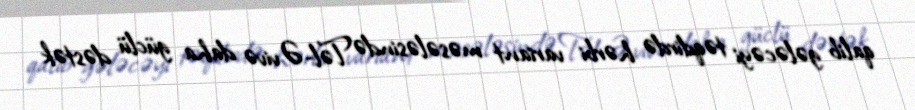
qalib gələcəyi təqdirdə hərbi variant məsələsində Təl-Əvivə daha güclü dəstək